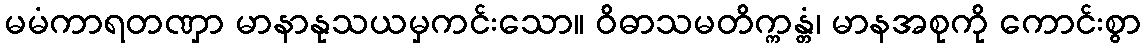
မမံကာရတဏှာ မာနာနုသယမှကင်းသော။ ဝိဓာသမတိက္ကန္တံ၊ မာနအစုကို ကောင်းစွာ